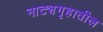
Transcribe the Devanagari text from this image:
नाट्यगृहातील